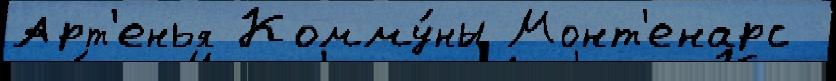
Арт'енья Комму́ны Монт'енарс